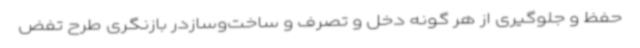
حفظ و جلوگیری از هر گونه دخل و تصرف و ساخت‌وسازدر بازنگری طرح تفض